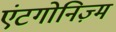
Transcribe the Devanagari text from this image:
एंटगोनिज़्म